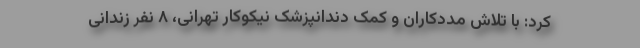
کرد: با تلاش مددکاران و کمک دندانپزشک نیکوکار تهرانی، ۸ نفر زندانی